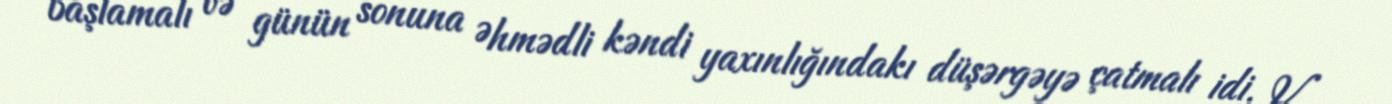
başlamalı və günün sonuna Əhmədli kəndi yaxınlığındakı düşərgəyə çatmalı idi. V